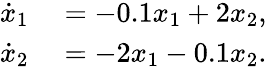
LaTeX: \begin{array}{rl}{\dot{x}_{1}}&{{}=-0.1x_{1}+2x_{2},}\\ {\dot{x}_{2}}&{{}=-2x_{1}-0.1x_{2}.}\end{array}